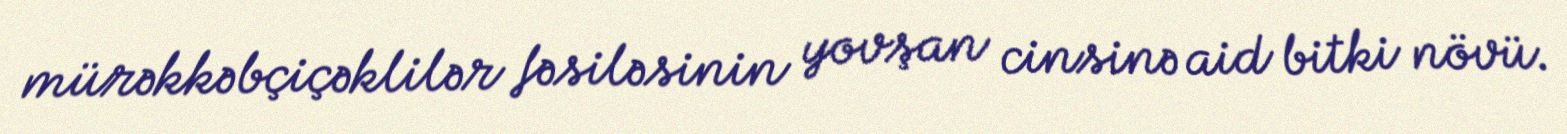
mürəkkəbçiçəklilər fəsiləsinin yovşan cinsinə aid bitki növü.